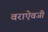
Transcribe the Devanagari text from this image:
वराऐवजी